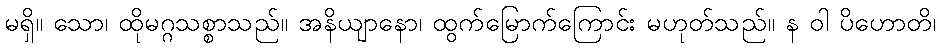
မရှိ။ သော၊ ထိုမဂ္ဂသစ္စာသည်။ အနိယျာနော၊ ထွက်မြောက်ကြောင်း မဟုတ်သည်။ န ဝါ ပိဟောတိ၊